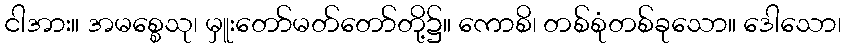
ငါအား။ အမစ္စေသု၊ မှူးတော်မတ်တော်တို့၌။ ကောစိ၊ တစ်စုံတစ်ခုသော။ ဒေါသော၊